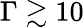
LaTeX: \Gamma\gtrsim 10